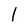
Character: l